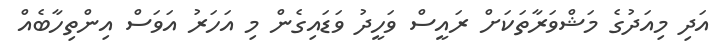
އަދި މިއަދުގެ މަޝްވަރާތަކަށް ރައީސް ވަހީދު ވަޑައިގެން މި އަހަރު އަވަސް އިންތިހާބެއް